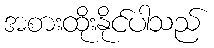
အစားထိုးနိုင်ပါသည်